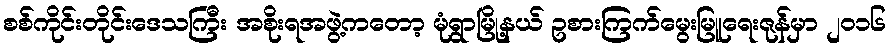
စစ်ကိုင်းတိုင်းဒေသကြီး အစိုးရအဖွဲ့ကတော့ မုံရွာမြို့နယ် ဥစားကြက်မွေးမြူရေးဇုန်မှာ ၂၀၁၆